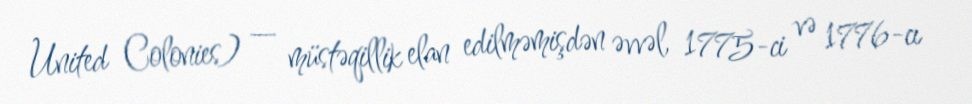
United Colonies) — müstəqillik elan edilməmişdən əvvəl, 1775-ci və 1776-cı